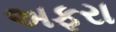
અફરા